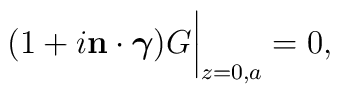
(1+i{\bf n}\cdot \mbox{\boldmath{$\gamma$}})G\bigg|_{z=0,a}=0,